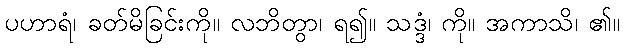
ပဟာရံ၊ ခတ်မိခြင်းကို။ လဘိတွာ၊ ရ၍။ သဒ္ဒံ၊ ကို။ အကာသိ၊ ၏။